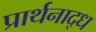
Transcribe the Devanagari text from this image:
प्रार्थनाद्ध